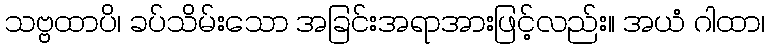
သဗ္ဗထာပိ၊ ခပ်သိမ်းသော အခြင်းအရာအားဖြင့်လည်း။ အယံ ဂါထာ၊